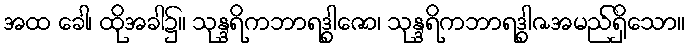
အထ ခေါ၊ ထိုအခါ၌။ သုန္ဒရိကဘာရဒွါဇော၊ သုန္ဒရိကဘာရဒွါဇအမည်ရှိသော။